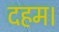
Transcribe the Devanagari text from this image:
दहम।